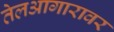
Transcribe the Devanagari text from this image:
तेलआगारावर